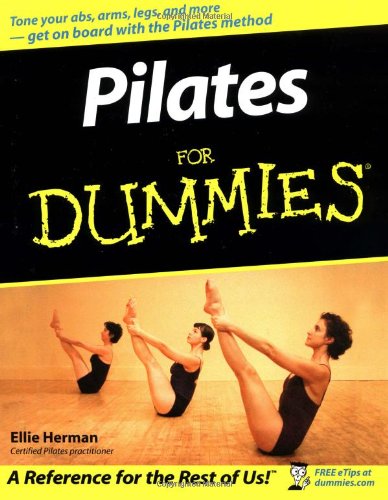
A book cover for Pilates For Dummies; Ellie Herman; Health, Fitness & Dieting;